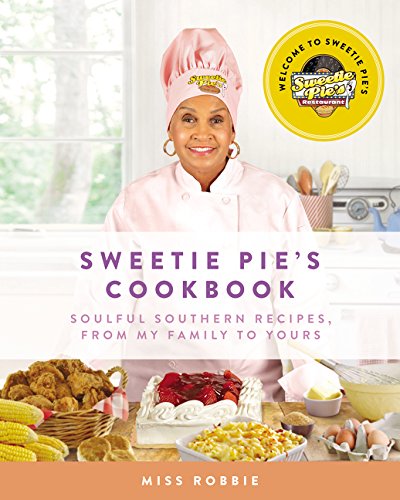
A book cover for Sweetie Pie's Cookbook: Soulful Southern Recipes, from My Family to Yours; Robbie Montgomery; Cookbooks, Food & Wine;